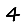
Digit: 4